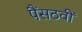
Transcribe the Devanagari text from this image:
पैंसठवीं